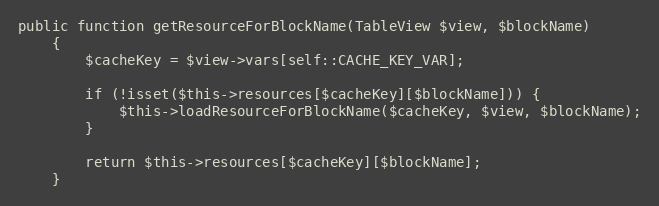
Language: PHP
public function getResourceForBlockName(TableView $view, $blockName)
    {
        $cacheKey = $view->vars[self::CACHE_KEY_VAR];

        if (!isset($this->resources[$cacheKey][$blockName])) {
            $this->loadResourceForBlockName($cacheKey, $view, $blockName);
        }

        return $this->resources[$cacheKey][$blockName];
    }